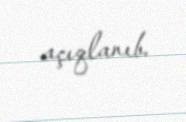
açıqlanıb.